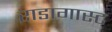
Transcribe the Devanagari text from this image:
राडागास्ट